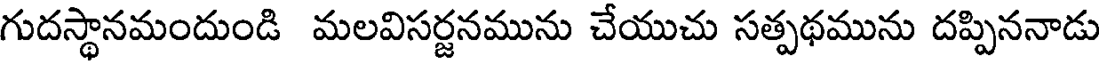
గుదస్థానమందుండి మలవిసర్జనమును చేయుచు సత్పథమును దప్పిననాడు